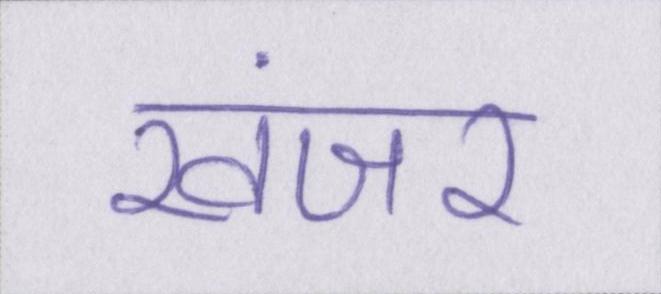
खंजर